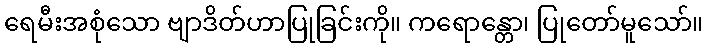
ရေမီးအစုံသော ဗျာဒိတ်ဟာပြုခြင်းကို။ ကရောန္တော၊ ပြုတော်မူသော်။